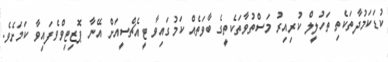
ކުޑަކަމުދާތަކެތި ތަހުލީލް ކުރިއިރު މަސްތުވާތަކެތީގެ ބާވަތެއް ކަމުގައިވާ ޓީއެޗްސީއަށް އޭނާ ޕޮޒިޓިވްވެފައިވާ ކަމަށެވެ.